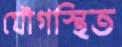
যৌগস্থিত